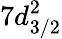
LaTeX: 7d_{3/2}^{2}